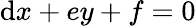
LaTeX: \mathrm{d}x+ey+f=0